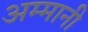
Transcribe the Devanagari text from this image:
अम्मानी